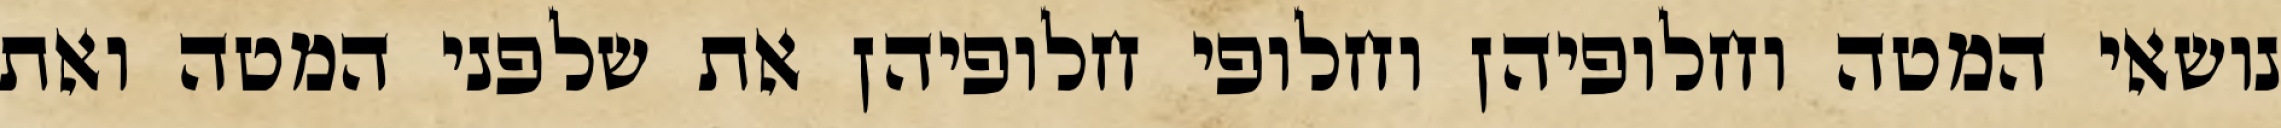
נושאי המטה וחלופיהן וחלופי חלופיהן את שלפני המטה ואת